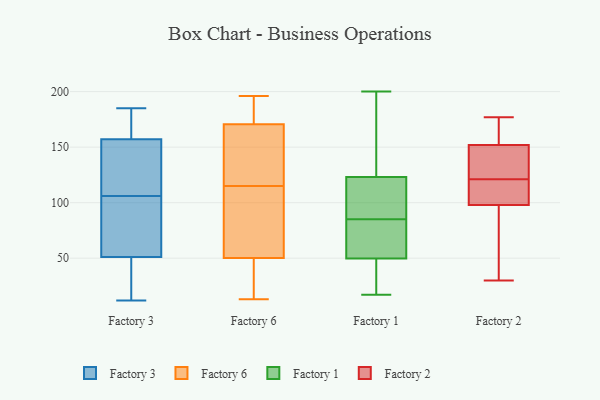
{"axis": {"x": "Tickets Resolved", "y": "Value"}, "legend": ["Factory 1", "Factory 2", "Factory 3", "Factory 6"], "data": [{"x": "", "y": 178, "type": "Factory 3"}, {"x": "", "y": 149, "type": "Factory 3"}, {"x": "", "y": 122, "type": "Factory 3"}, {"x": "", "y": 61, "type": "Factory 3"}, {"x": "", "y": 140, "type": "Factory 3"}, {"x": "", "y": 157, "type": "Factory 3"}, {"x": "", "y": 58, "type": "Factory 3"}, {"x": "", "y": 20, "type": "Factory 3"}, {"x": "", "y": 12, "type": "Factory 3"}, {"x": "", "y": 51, "type": "Factory 3"}, {"x": "", "y": 185, "type": "Factory 3"}, {"x": "", "y": 17, "type": "Factory 3"}, {"x": "", "y": 162, "type": "Factory 3"}, {"x": "", "y": 90, "type": "Factory 3"}, {"x": "", "y": 25, "type": "Factory 6"}, {"x": "", "y": 117, "type": "Factory 6"}, {"x": "", "y": 196, "type": "Factory 6"}, {"x": "", "y": 177, "type": "Factory 6"}, {"x": "", "y": 44, "type": "Factory 6"}, {"x": "", "y": 191, "type": "Factory 6"}, {"x": "", "y": 13, "type": "Factory 6"}, {"x": "", "y": 91, "type": "Factory 6"}, {"x": "", "y": 151, "type": "Factory 6"}, {"x": "", "y": 115, "type": "Factory 6"}, {"x": "", "y": 69, "type": "Factory 6"}, {"x": "", "y": 98, "type": "Factory 1"}, {"x": "", "y": 126, "type": "Factory 1"}, {"x": "", "y": 57, "type": "Factory 1"}, {"x": "", "y": 97, "type": "Factory 1"}, {"x": "", "y": 200, "type": "Factory 1"}, {"x": "", "y": 81, "type": "Factory 1"}, {"x": "", "y": 51, "type": "Factory 1"}, {"x": "", "y": 17, "type": "Factory 1"}, {"x": "", "y": 46, "type": "Factory 1"}, {"x": "", "y": 147, "type": "Factory 1"}, {"x": "", "y": 19, "type": "Factory 1"}, {"x": "", "y": 85, "type": "Factory 1"}, {"x": "", "y": 122, "type": "Factory 1"}, {"x": "", "y": 152, "type": "Factory 2"}, {"x": "", "y": 129, "type": "Factory 2"}, {"x": "", "y": 152, "type": "Factory 2"}, {"x": "", "y": 104, "type": "Factory 2"}, {"x": "", "y": 154, "type": "Factory 2"}, {"x": "", "y": 163, "type": "Factory 2"}, {"x": "", "y": 177, "type": "Factory 2"}, {"x": "", "y": 121, "type": "Factory 2"}, {"x": "", "y": 107, "type": "Factory 2"}, {"x": "", "y": 53, "type": "Factory 2"}, {"x": "", "y": 107, "type": "Factory 2"}, {"x": "", "y": 121, "type": "Factory 2"}, {"x": "", "y": 96, "type": "Factory 2"}, {"x": "", "y": 30, "type": "Factory 2"}, {"x": "", "y": 47, "type": "Factory 2"}]}